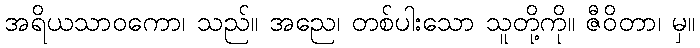
အရိယသာဝကော၊ သည်။ အညေ၊ တစ်ပါးသော သူတို့ကို။ ဇီဝိတာ၊ မှ။